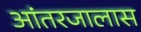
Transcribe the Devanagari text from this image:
आंतरजालास